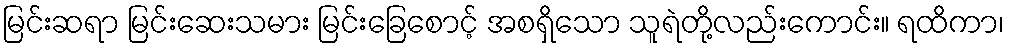
မြင်းဆရာ မြင်းဆေးသမား မြင်းခြေစောင့် အစရှိသော သူရဲတို့လည်းကောင်း။ ရထိကာ၊